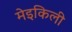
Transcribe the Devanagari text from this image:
मेइकिली